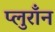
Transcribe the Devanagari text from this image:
प्लुराँन